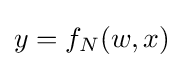
y=f_{N}(w,x)